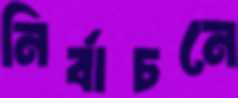
নির্বাচনে